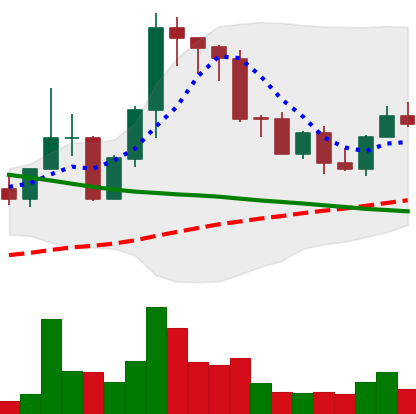
Ticker: EOS-USD
Chart end date: 2022-09-03
Forward return: 5.307%
Label: up_5_7